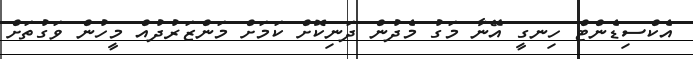
އެކްސިޑެންޓް ހިނގީ އޭނާ މަގު މެދުން ދަނިކޮށް ކަމަށް މަންޒަރުދުއް މީހުން ވަގުތަށް